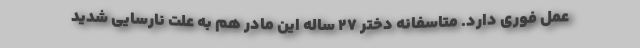
عمل فوری دارد. متاسفانه دختر ۲۷ ساله این مادر هم به علت نارسایی شدید